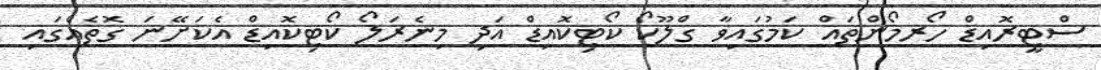
ސްޓީރޮއިޑް ހޯރމޯންތައް ކަމުގައިވާ ގްލޫކޯ ކޯޓިކޮއިޑް އަދި މިނެރަލޯ ކޯޓިކޮއިޑް އެކަށޭނަ ގޮތެއްގައި